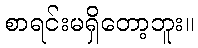
စာရင်းမရှိတော့ဘူး။